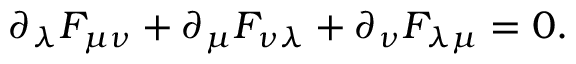
{ \partial _ { \lambda } } F _ { \mu \nu } + { \partial _ { \mu } } F _ { \nu \lambda } + { \partial _ { \nu } } F _ { \lambda \mu } = 0 .